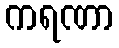
ကရဏာ